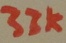
Text: 32k